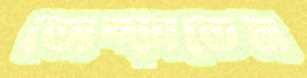
তোব্‌ড়াতেম